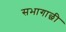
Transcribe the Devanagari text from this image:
सभागाछी